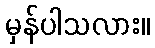
မှန်ပါသလား။